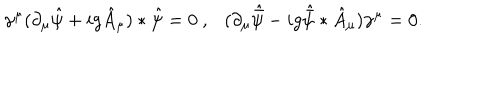
\gamma ^ { \mu } ( \partial _ { \mu } \hat { \psi } + i g \hat { A } _ { \mu } ) * \hat { \psi } = 0 ~ , ( \partial _ { \mu } \hat { \bar { \psi } } - i g \hat { \bar { \psi } } * \hat { A } _ { \mu } ) \gamma ^ { \mu } = 0 .